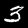
Label: 3